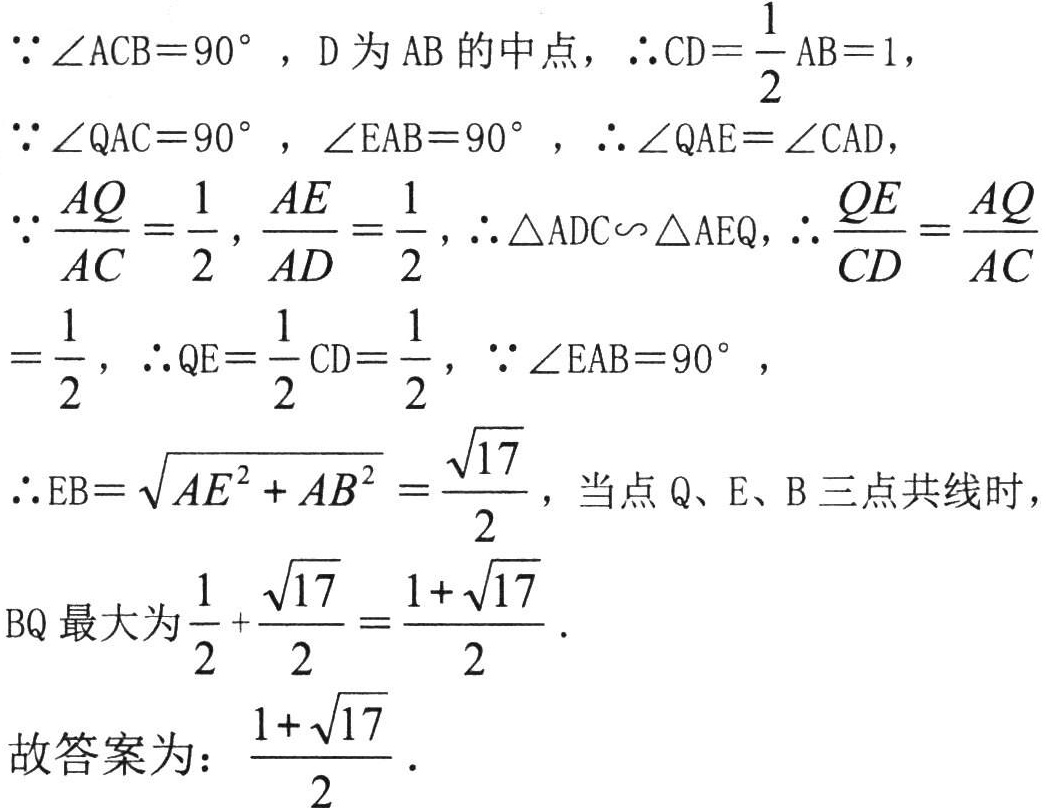
$\because \angle ACB = 90^{\circ}$，D 为 AB 的中点，$\therefore CD=\frac{1}{2}AB = 1$，
$\because \angle QAC = 90^{\circ}$，$\angle EAB = 90^{\circ}$，$\therefore \angle QAE=\angle CAD$，
$\because \frac{AQ}{AC}=\frac{1}{2}$，$\frac{AE}{AD}=\frac{1}{2}$，$\therefore \triangle ADC\backsim\triangle AEQ$，$\therefore \frac{QE}{CD}=\frac{AQ}{AC}$
$=\frac{1}{2}$，$\therefore QE=\frac{1}{2}CD=\frac{1}{2}$，$\because \angle EAB = 90^{\circ}$，
$\therefore EB=\sqrt{AE^{2}+AB^{2}}=\frac{\sqrt{17}}{2}$，当点 Q、E、B 三点共线时，
BQ 最大为$\frac{1}{2}+\frac{\sqrt{17}}{2}=\frac{1 + \sqrt{17}}{2}$.
故答案为：$\frac{1+\sqrt{17}}{2}$.